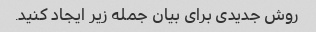
روش جدیدی برای بیان جمله زیر ایجاد کنید.